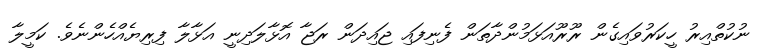
ނުކުތްއިރު ހީކަރުވައިގެން ރޫރޫއަޅަމުންދާތަން ފެނިފައި ޖައިދަން ރަޖާ އޮޅާލަދިނީ އަޅާލާ ފިރިޔެއްހެންނެވެ. ކަމީލާ